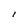
Character: I